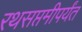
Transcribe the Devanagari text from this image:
रथसप्तमीपर्यंत